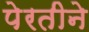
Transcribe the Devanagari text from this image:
पेरतीने